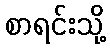
စာရင်းသို့